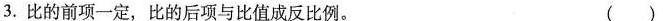
3.比的前项一定，比的后项与比值成反比例。 ( )